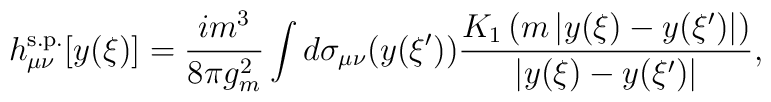
h^{{\rm s.p.}}_{\mu\nu}[y(\xi)]=\frac{im^3}{8\pi g_m^2}\int d\sigma_{\mu\nu}(y(\xi'))\frac{K_1\left(m\left|y(\xi)-y(\xi')\right|\right)}{\left|y(\xi)-y(\xi')\right|},